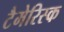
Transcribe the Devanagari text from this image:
टैमेरिस्क